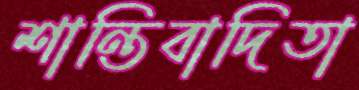
শান্তিবাদিতা